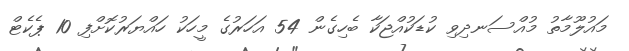
މައުލޫމާތު މުއްސަނދިވި ކުޑަކުއްޖަކާ ބެހިގެން 54 އަހަރުގެ މީހަކު ހައްޔަރުކޮށްފި 10 ޕެކެޓް